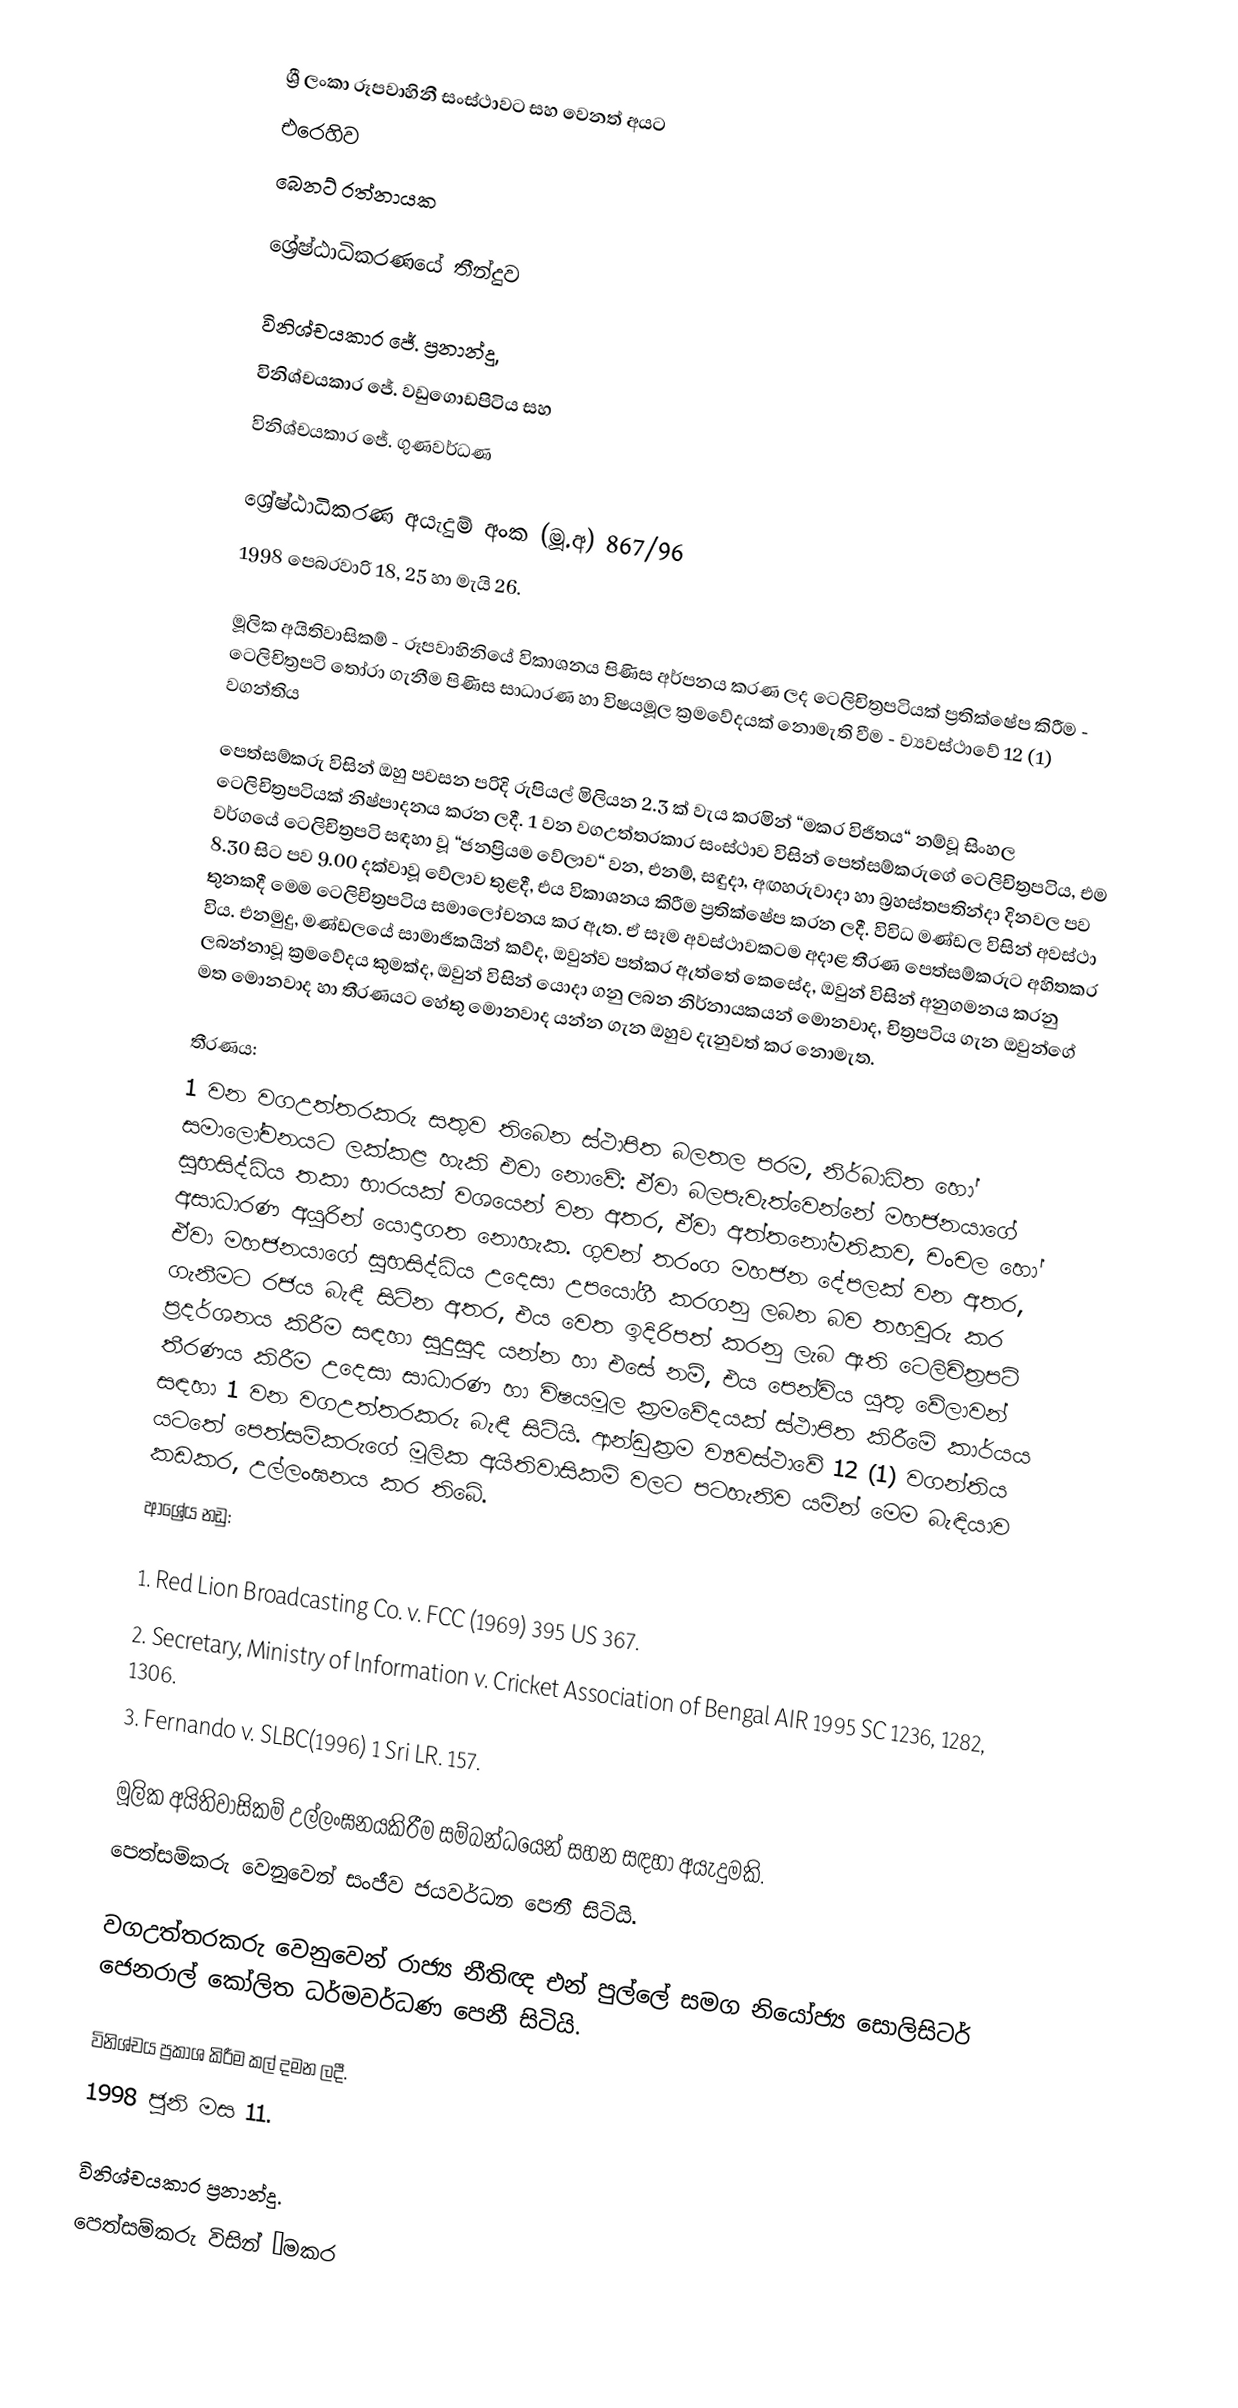
ශ්‍රී ලංකා රූපවාහිනී සංස්ථාවට සහ වෙනත් අයට
එරෙහිව
බෙනට් රත්නායක

ශ්‍රේෂ්ඨාධිකරණයේ තීන්දුව

විනිශ්චයකාර ජේ. ප්‍රනාන්දු,
විනිශ්චයකාර ජේ. වඩුගොඩපිටිය සහ
විනිශ්චයකාර ජේ. ගුණවර්ධණ

ශ්‍රේෂ්ඨාධිකරණ අයැදුම් අංක (මූ.අ) 867/96
1998 පෙබරවාරි 18, 25 හා මැයි 26.

මූලික අයිතිවාසිකම් - රූපවාහිනියේ විකාශනය පිණිස අර්පනය කරණ ලද ටෙලිචිත්‍රපටියක් ප්‍රතික්ෂේප කිරීම - ටෙලිචිත්‍රපටි තෝරා ගැනීම පිණිස සාධාරණ හා විෂයමූල ක්‍රමවේදයක් නොමැති වීම - ව්‍යවස්ථාවේ 12 (1) වගන්තිය

පෙත්සම්කරු විසින් ඔහු පවසන පරිදි රුපියල් මිලියන 2.3 ක් වැය කරමින් “මකර විජිතය“ නම්වූ සිංහල ටෙලිචිත්‍රපටියක් නිෂ්පාදනය කරන ලදී. 1 වන වගඋත්තරකාර සංස්ථාව විසින් පෙත්සම්කරුගේ ටෙලිචිත්‍රපටිය, එම වර්ගයේ ටෙලිචිත්‍රපටි සඳහා වූ “ජනප්‍රියම වේලාව“ වන, එනම්, සඳුදා, අඟහරුවාදා හා බ්‍රහස්තපතින්දා දිනවල පව 8.30 සිට පව 9.00 දක්වාවූ වේලාව තුළදී, එය විකාශනය කිරීම ප්‍රතික්ෂේප කරන ලදී. විවිධ මණ්ඩල විසින් අවස්ථා තුනකදී මෙම ටෙලිචිත්‍රපටිය සමාලෝචනය කර ඇත. ඒ සෑම අවස්ථාවකටම අදාළ තීරණ පෙත්සම්කරුට අහිතකර විය. එනමුදු, මණ්ඩලයේ සාමාජිකයින් කව්ද, ඔවුන්ව පත්කර ඇත්තේ කෙසේද, ඔවුන් විසින් අනුගමනය කරනු ලබන්නාවූ ක්‍රමවේදය කුමක්ද, ඔවුන් විසින් යොදා ගනු ලබන නිර්නායකයන් මොනවාද, චිත්‍රපටිය ගැන ඔවුන්ගේ මත මොනවාද හා තීරණයට හේතු මොනවාද යන්න ගැන ඔහුව දැනුවත් කර නොමැත.

තීරණය:
1 වන වගඋත්තරකරු සතුව තිබෙන ස්ථාපිත බලතල පරම, නිර්බාධිත හෝ සමාලෝචනයට ලක්කළ හැකි එවා නොවේ: ඒවා බලපැවැත්වෙන්නේ මහජනයාගේ සුභසිද්ධිය තකා භාරයක් වශයෙන් වන අතර, ඒවා අත්තනෝමතිකව, චංචල හෝ අසාධාරණ අයුරින් යොදාගත නොහැක. ගුවන් තරංග මහජන දේපලක් වන අතර, ඒවා මහජනයාගේ සුභසිද්ධිය උදෙසා උපයෝගී කරගනු ලබන බව තහවුරු කර ගැනීමට රජය බැඳී සිටින අතර, එය වෙත ඉදිරිපත් කරනු ලැබ ඇති ටෙලිචිත්‍රපටි ප්‍රදර්ශනය කිරීම සඳහා සුදුසුද යන්න හා එසේ නම්, එය පෙන්විය යුතු වේලාවන් තීරණය කිරීම උදෙසා සාධාරණ හා විෂයමූල ක්‍රමවේදයක් ස්ථාපිත කිරීමේ කාර්යය සඳහා 1 වන වගඋත්තරකරු බැඳී සිටියි. ආන්ඩුක්‍රම ව්‍යවස්ථාවේ 12 (1) වගන්තිය යටතේ පෙත්සම්කරුගේ මූලික අයිතිවාසිකම් වලට පටහැනිව යමින් මෙම බැඳියාව කඩකර, උල්ලංඝනය කර තිබේ.
ආශ්‍රේය නඩු:

1.	Red Lion Broadcasting Co. v. FCC (1969) 395 US 367.
2.	Secretary, Ministry of lnformation v. Cricket Association of Bengal AIR 1995 SC 1236, 1282, 1306.
3.	Fernando v. SLBC(1996) 1 Sri LR. 157.

මූලික අයිතිවාසිකම් උල්ලංඝනයකිරීම සම්බන්ධයෙන් සහන සඳහා අයැදුමකි.
පෙත්සම්කරු වෙනුවෙන් සංජීව ජයවර්ධන පෙනී සිටියි.

වගඋත්තරකරු වෙනුවෙන් රාජ්‍ය නීතිඥ එන් පුල්ලේ  සමග නියෝජ්‍ය සොලිසිටර් ජෙනරාල් කෝලිත ධර්මවර්ධණ පෙනී සිටියි.

විනිශ්චය ප්‍රකාශ කිරීම කල් දමන ලදී.
1998 ජූනි මස 11.

විනිශ්චයකාර ප්‍රනාන්දු.
පෙත්සම්කරු විසින් “මකර